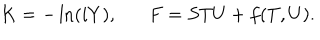
LaTeX: K = - \ln ( i Y ) , F = S T U + f ( T , U ) .